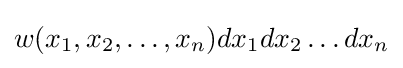
w(x_{1},x_{2},\ldots ,x_{n})dx_{1}dx_{2}\ldots dx_{n}